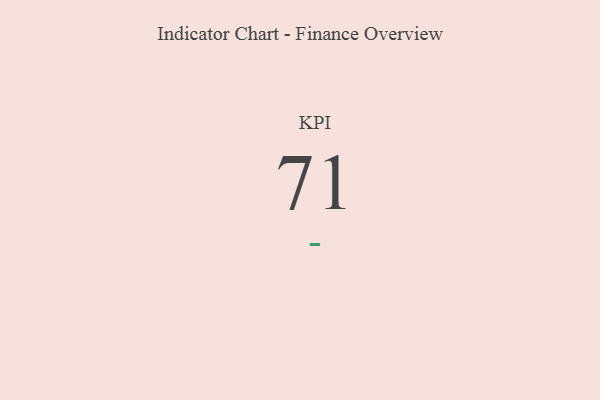
{"axis": {"x": "KPI", "y": "Value"}, "legend": [""], "data": [{"x": "KPI", "y": 71, "type": ""}]}